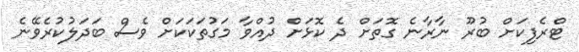
ޓްރެފިކަށް ބުރޫ ނާރާނެ ގޮތަށް ދެ ކޮޅަށް ދުއްވާ މަގުތަކަކަށް ވެސް ބަދަލުކުރެވޭނެ